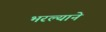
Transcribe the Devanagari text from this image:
भरल्याने